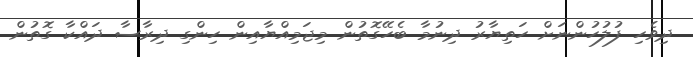
ދިވެހި ފުލުހުންނަށް ހަތިޔާރު ދިނުމާ ބެހޭގޮތުން މިޖަމިއްޔާއިން ހިންގި ދިރާސާ ދައްކާ ގޮތުން